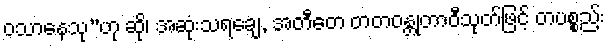
ဝသာနေသု”ဟု ဆို၊ အဆုံးသရချေ, အတီတေ တတဝန္တုတာဝီသုတ်ဖြင့် တပစ္စည်း